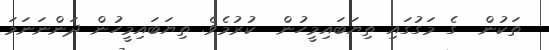
ތަކުން  ގެ މަގުގައި ތިޔަބައިމީހުން  ކުރުމެވެ. ތިޔަބައިމީހުން ދަންނަނަމަ